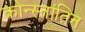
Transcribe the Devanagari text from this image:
कोन्स्तांतिन